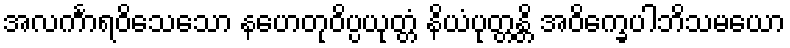
အလင်္ကာရဝိသေသော နဟေတုဝိပ္ပယုတ္တံ နိယံပုတ္တန္တိ အဝိက္ခေပါဘိသမယော